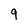
Character: 9